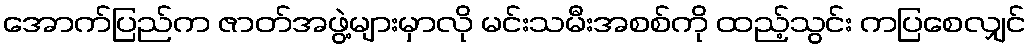
အောက်ပြည်က ဇာတ်အဖွဲ့များမှာလို မင်းသမီးအစစ်ကို ထည့်သွင်း ကပြစေလျှင်